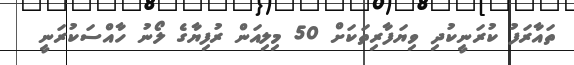
ތައާރަފު ކުރަނީކުދި ވިޔަފާރިތަކަށް 50 މިލިއަން ރުފިޔާގެ ލޯނު ހާއްސަކުރަނީ